Indian journal of veterinary science and animal husbandry - Volumes 18-21, 1948-1951
Year: 1948
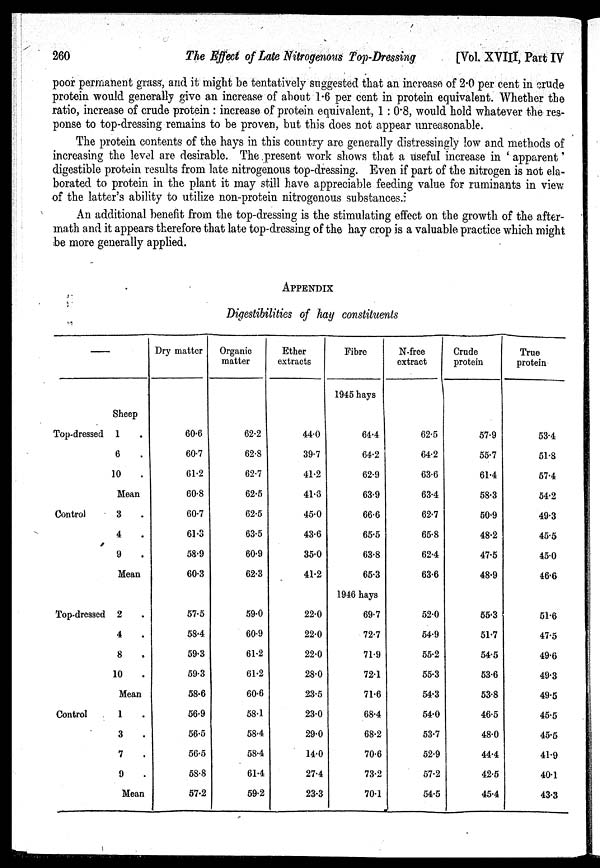
260
The Effect of Late Nitrogenous Top-Dressing
[Vol. XVIII, Part IV
poor permanent grass, and it might be tentatively suggested that an increase of 2.0 per cent in crude
protein would generally give an increase of about 1.6 per cent in protein equivalent. Whether the
ratio, increase of crude protein : increase of protein equivalent, 1 : 0.8, would hold whatever the res-
ponse to top-dressing remains to be proven, but this does not appear unreasonable.
The protein contents of the hays in this country are generally distressingly low and methods of
increasing the level are desirable. The present work shows that a useful increase in ' apparent '
digestible protein results from late nitrogenous top-dressing. Even if part of the nitrogen is not ela-
borated to protein in the plant it may still have appreciable feeding value for ruminants in view
of the latter's ability to utilize non-protein nitrogenous substances.
An additional benefit from the top-dressing is the stimulating effect on the growth of the after-
math and it appears therefore that late top-dressing of the hay crop is a valuable practice which might
be more generally applied.
APPENDIX
Digestibilities of hay constituents
–––
Sheep
Top-dressed 1 .
6 .
10 .
Mean
Control
3 .
4 .
9 .
Mean
Top-dressed 2 .
4 .
8 .
10 .
Mean
Control
1.
3 .
7 .
9 .
Mean
Dry matter
60.6
60.7
61.2
60.8
60.7
61.3
58.9
60.3
57.5
58.4
59.3
59.3
58.6
56.9
56.5
56.5
58.8
57.2
Organic
matter
62.2
62.8
62.7
62.5
62.5
63.5
60.9
62.3
59.0
60.9
61.2
61.2
60.6
58.1
58.4
58.4
61.4
59.2
Ether
extracts
44.0
39.7
41.2
41.6
45.0
43.6
35.0
41.2
22.0
22.0
22.0
28.0
23.5
23.0
29.0
14.0
27.4
23.3
Fibre
1945 hays
64.4
64.2
62.9
63.9
66.6
65.5
63.8
65.3
1946 hays
69.7
72.7
71.9
72.1
71.6
68.4
68.2
70.6
73.2
70.1
N.free
extract
62.5
64.2
63.6
63.4
62.7
65.8
62.4
63.6
52.0
54.9
55.2
55.3
54.3
54.0
53.7
52.9
57.2
54.5
Crude
protein
57.9
55.7
61.4
58.3
50.9
48.2
47.5
48.9
55.3
51.7
54.5
53.6
53.8
46.5
48.0
44.4
42.5
45.4
True
protein
53.4
51.8
57.4
54.2
49.3
45.5
45.0
46.6
51.6
47.5
49.6
49.3
49.5
45.5
45.5
41.9
40.1
43.3